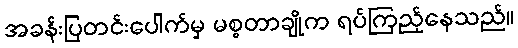
အခန်းပြတင်းပေါက်မှ မစ္စတာချိုက ရပ်ကြည့်နေသည်။